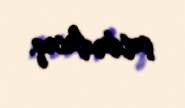
çatdırılacaq.